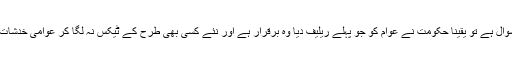
جہاں تک ریلیف کا سوال ہے تو یقیناً حکومت نے عوام کو جو پہلے ریلیف دیا وہ برقرار ہے اور نئے کسی بھی طرح کے ٹیکس نہ لگا کر عوامی خدشات کا خاتمہ کیا گیاہے۔